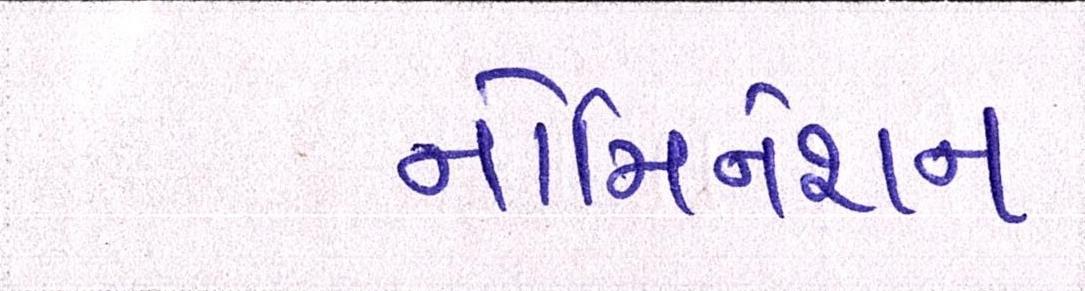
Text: નોમિનેશન